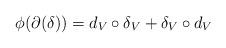
LaTeX: \begin{align*}\phi(\partial(\delta)) = d_V\circ\delta_V + \delta_V\circ d_V\end{align*}